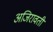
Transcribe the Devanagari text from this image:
अजिरावती